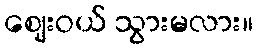
ဈေးဝယ် သွားမလား။